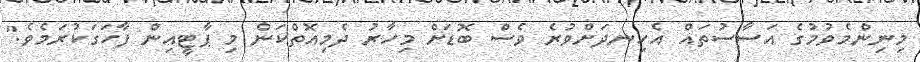
މިނިންމެވުމުގެ އަސާސުތައް އެހިނދަށްވުރެ ވެސް ބޮޑަށް މިހާރު ދެމިއޮތްކަން މި ޕާޓީއިން ފާހަގަކުރަމެވެ."